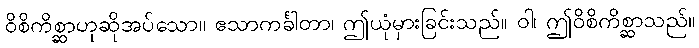
ဝိစိကိစ္ဆာဟုဆိုအပ်သော။ ဧသာကင်္ခါတာ၊ ဤယုံမှားခြင်းသည်။ ဝါ၊ ဤဝိစိကိစ္ဆာသည်။